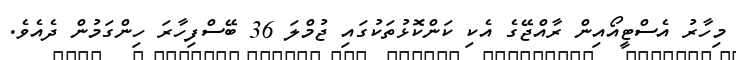
މިހާރު އެސްޓީއޯއިން ރާއްޖޭގެ އެކި ކަންކޮޅުތަކުގައި ޖުމްލަ 36 ބޭސްފިހާރަ ހިންގަމުން ދެއެވެ.